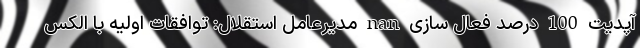
آپدیت 100 درصد فعال سازی nan مدیرعامل استقلال: توافقات اولیه با الکس